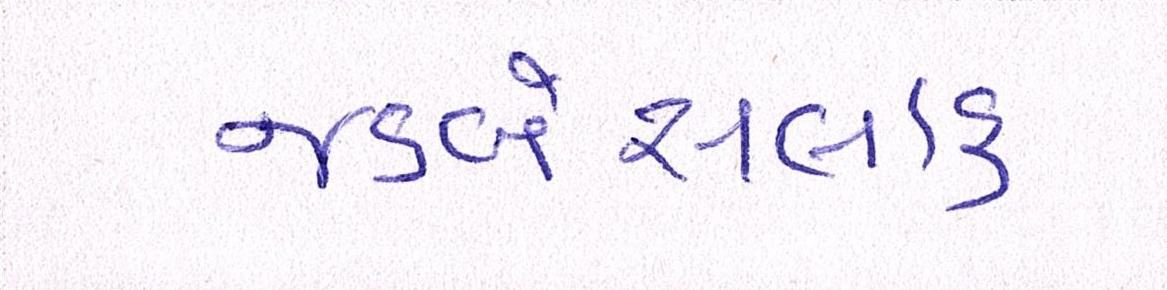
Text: જડબેસલાક